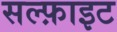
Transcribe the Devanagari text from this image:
सल्फ़ाइट